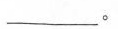
___。